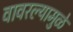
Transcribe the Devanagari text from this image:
वावरल्यामुळे